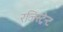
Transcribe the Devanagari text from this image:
रजिस्ट्रेन्ट